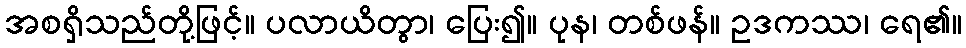
အစရှိသည်တို့ဖြင့်။ ပလာယိတွာ၊ ပြေး၍။ ပုန၊ တစ်ဖန်။ ဥဒကဿ၊ ရေ၏။